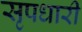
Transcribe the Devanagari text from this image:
सृपधारी